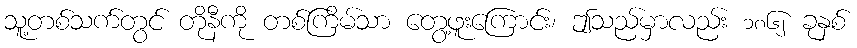
သူ့တစ်သက်တွင် တိုနီကို တစ်ကြိမ်သာ တွေ့ဖူးကြောင်း၊ ဤသည်မှာလည်း ၁၈၆၂ ခုနှစ်